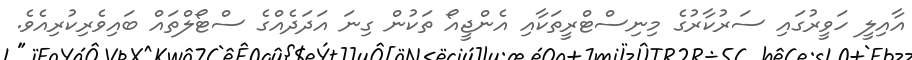
އާއިލީ ހަވީރުގައި ސަރުކާރުގެ މިނިސްޓްރީތަކާއި އެންޖީއޯ ތަކުން ގިނަ އަދަދެއްގެ ސްޓޯލްތައް ބައިވެރިކުރިއެވެ.